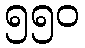
၅၅၀